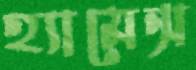
হ্যামেন্স